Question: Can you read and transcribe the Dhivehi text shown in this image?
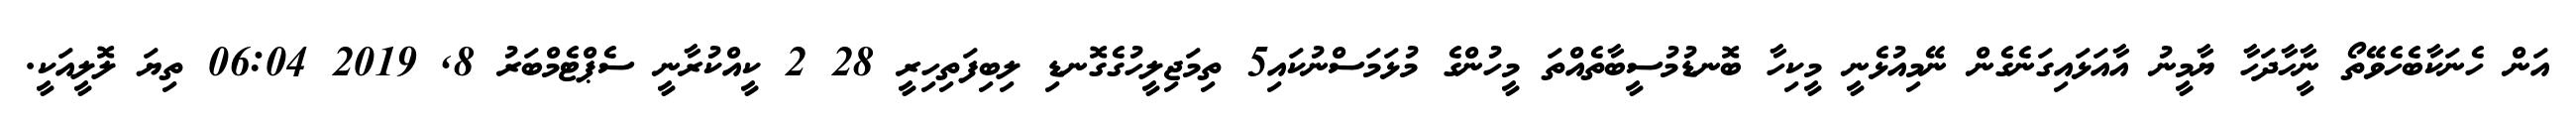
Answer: އަން ހެނަކާބެހެވޭތޯ ނީާހާދަހާ ޔާމީނު އާއަޅައިގަނެގެން ނޭމިއުޅެނީ މީކިހާ ބޮނޑުމުސީބާތެއްތަ މީހުންގެ މުޅަމަސްނުކައި5 ތިމަޖިލީހުގެގޮނޑި ލިބިފަތިހިރީ 28 2 ކީއްކުރާނީ ސެޕްޓެމްބަރު 8, 2019 06:04 ތިޔަ ލޮލީއަކީ.